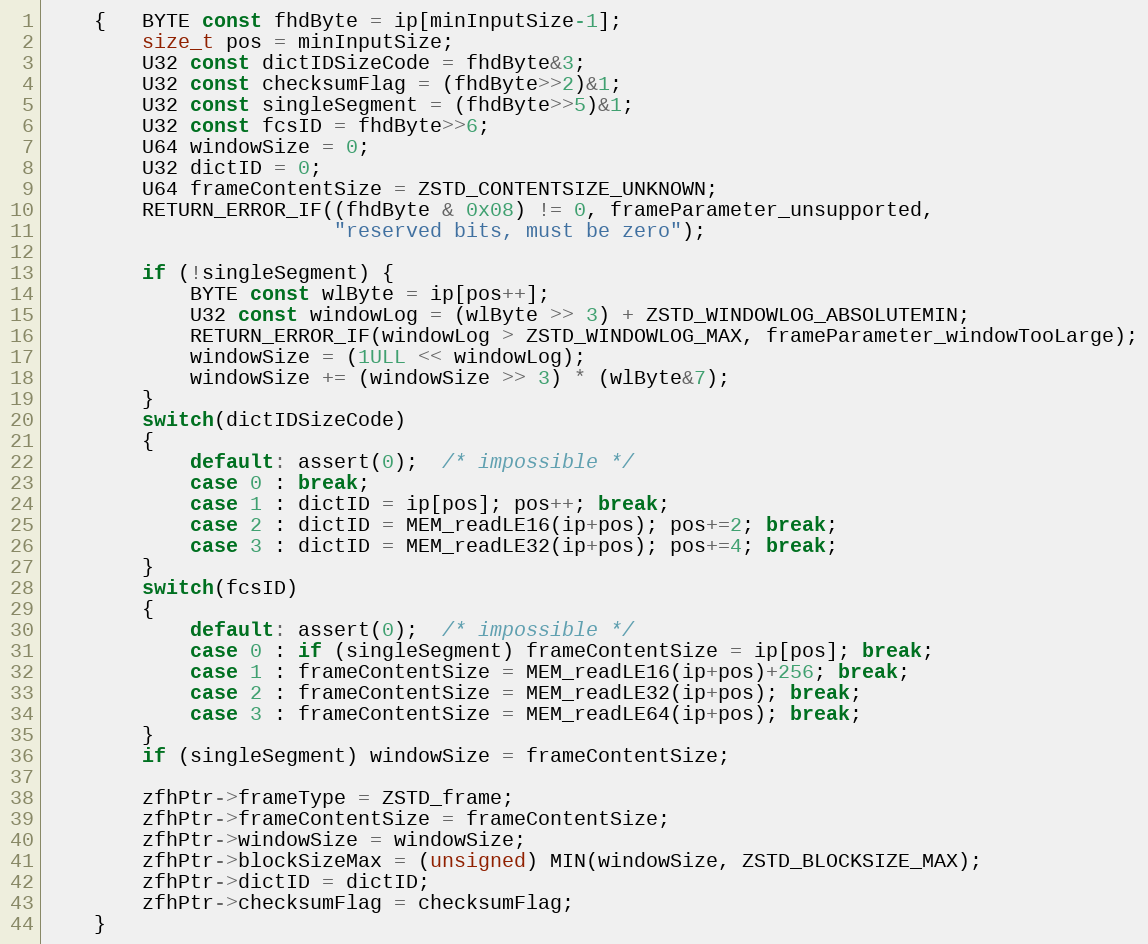
Language: C
    {   BYTE const fhdByte = ip[minInputSize-1];
        size_t pos = minInputSize;
        U32 const dictIDSizeCode = fhdByte&3;
        U32 const checksumFlag = (fhdByte>>2)&1;
        U32 const singleSegment = (fhdByte>>5)&1;
        U32 const fcsID = fhdByte>>6;
        U64 windowSize = 0;
        U32 dictID = 0;
        U64 frameContentSize = ZSTD_CONTENTSIZE_UNKNOWN;
        RETURN_ERROR_IF((fhdByte & 0x08) != 0, frameParameter_unsupported,
                        "reserved bits, must be zero");

        if (!singleSegment) {
            BYTE const wlByte = ip[pos++];
            U32 const windowLog = (wlByte >> 3) + ZSTD_WINDOWLOG_ABSOLUTEMIN;
            RETURN_ERROR_IF(windowLog > ZSTD_WINDOWLOG_MAX, frameParameter_windowTooLarge);
            windowSize = (1ULL << windowLog);
            windowSize += (windowSize >> 3) * (wlByte&7);
        }
        switch(dictIDSizeCode)
        {
            default: assert(0);  /* impossible */
            case 0 : break;
            case 1 : dictID = ip[pos]; pos++; break;
            case 2 : dictID = MEM_readLE16(ip+pos); pos+=2; break;
            case 3 : dictID = MEM_readLE32(ip+pos); pos+=4; break;
        }
        switch(fcsID)
        {
            default: assert(0);  /* impossible */
            case 0 : if (singleSegment) frameContentSize = ip[pos]; break;
            case 1 : frameContentSize = MEM_readLE16(ip+pos)+256; break;
            case 2 : frameContentSize = MEM_readLE32(ip+pos); break;
            case 3 : frameContentSize = MEM_readLE64(ip+pos); break;
        }
        if (singleSegment) windowSize = frameContentSize;

        zfhPtr->frameType = ZSTD_frame;
        zfhPtr->frameContentSize = frameContentSize;
        zfhPtr->windowSize = windowSize;
        zfhPtr->blockSizeMax = (unsigned) MIN(windowSize, ZSTD_BLOCKSIZE_MAX);
        zfhPtr->dictID = dictID;
        zfhPtr->checksumFlag = checksumFlag;
    }